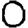
Digit: 0